Indian journal of veterinary science and animal husbandry - Volume 13,
Year: 1943
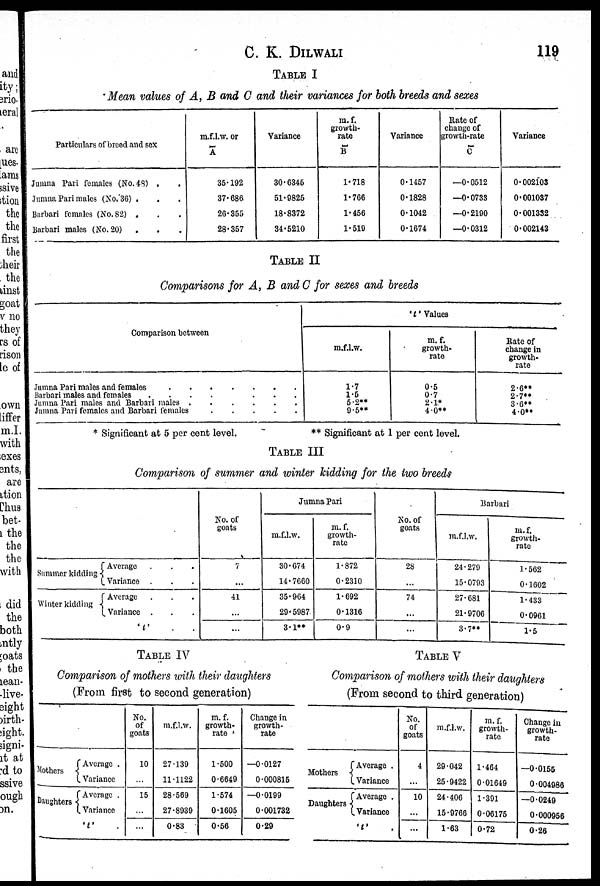
C. K. DILWALI
119
TABLE I
Mean values of A, B and C and their variances for both breeds and sexes
Particulars of breed and sex
Jumna Pari females (No. 48)
.
.
Jumna Pari males (No. 36) . . .
Barbari females (No. 82) . . .
Barbari males (No. 20) . . .
m.f.l.w. or
Ā
35.192
37.686
26.355
28.357
Variance
30.6345
51.9825
18.8372
34.5210
m.f.
growth-
rate
B
1.718
1.766
1.456
1.519
Variance
0.1457
0.1828
0.1042
0.1674
Rate of
change of
growth-rate
C
—0.0512
—0.0733
—0.2190
—0.0312
Variance
0.002103
0.001037
0.001332
0.002143
TABLE II
Comparisons for A, B and C for sexes and breeds
Comparison between
Jumna Pari males and females . . . . . . .
Barbari males and females
.
.
.
.
.
.
.
.
Jumna Pari males and Barbari males
.
.
.
.
.
.
Jumna Pari females and Barbari females
.
.
.
.
.
't' Values
m.f.l.w.
1.7
1.5
5.2**
9.5**
m.f.
growth-
rate
0.5
0.7
2.1*
4.0**
Rate of
change in
growth-
rate
2.6**
2.7**
3.6**
4.0**
* Significant at 5 per cent level.
** Significant at 1 per cent level.
TABLE III
Comparison of summer and winter kidding for the two breeds
Summer kidding
Winter kidding
{Average . . .
Variance . . .
{ Average . . .
Variance . . .
' t ' . .
No. of
goats
7
...
41
...
...
Jumna Pari
m.f.l.w.
30.674
14.7660
35.964
29.5987
3.1**
m.f.
growth-
rate
1.872
0.2310
1.692
0.1316
0.9
No. of
goats
28
...
74
...
...
Barbari
m.f.l.w.
24.279
15.0793
27.681
21.9706
3.7**
m.f.
growth-
rate
1.562
0.1602
1.433
0.0961
1.5
TABLE IV
Comparison of mothers with their daughters
(From first to second generation)
Mothers
Daughters
{Average .
Variance
{Average .
Variance
' t ' .
No.
of
goats
10
...
15
...
...
m.f.l.w.
27.139
11.1122
28.569
27.8939
0.83
m.f.
growth-
rate
1.500
0.6649
1.574
0.1605
0.56
Change in
growth-
rate
—0.0127
0.000815
—0.0199
0.001732
0.29
TABLE V
Comparison of mothers with their daughters
(From second to third generation)
Mothers
Daughters
{Average .
Variance
{Average
Variance
' t ' .
No.
of
goats
4
...
10
...
...
m.f.l.w.
29.042
25.9422
24.406
15.9766
1.63
m.f.
growth-
rate
1.464
0.01649
1.391
0.06175
0.72
Change in
growth-
rate
—0.0155
0.004986
—0.0249
0.000956
0.26